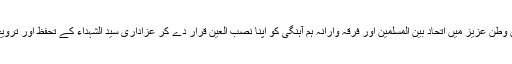
تحریک جعفریہ پاکستان وطن عزیز میں اتحاد بین المسلمین اور فرقہ وارانہ ہم آہنگی کو اپنا نصب العین قرار دے کر عزاداری سید الشہداء کے تحفظ اور ترویج میں سرگرم عمل ہے۔